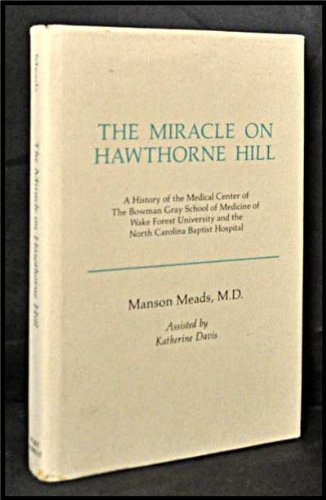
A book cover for The Miracle on Hawthorne Hill: A History of the Medical Center of the Bowman Gray School of Medicine of Wake Forest University and the North Carolina Baptist Hospital; Manson Meads; Education & Teaching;